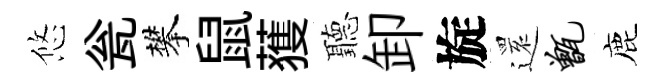
悠瓮攀鼠𫉬聽卸旋𮟃甑鹿